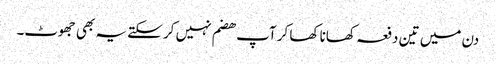
دن میں تین دفعہ کھانا کھا کر آپ ھضم نہیں کر سکتے یہ بھی جھوٹ۔